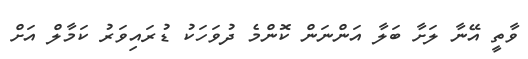
ވާތީ އޭނާ ލަށާ ބަލާ އަންނަން ކޮންމެ ދުވަހަކު ޑުރައިވަރު ކަމާލް އަށް